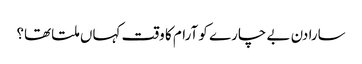
سارا دن بے چارے کو آرام کا وقت کہاں ملتا تھا؟